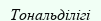
Тональділігі